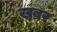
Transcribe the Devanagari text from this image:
खब्रर